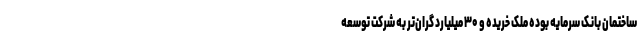
ساختمان بانک سرمایه بوده ملک خریده و ۳۰ میلیارد گران‌تر به شرکت توسعه